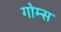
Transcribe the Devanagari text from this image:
गोम्‍स